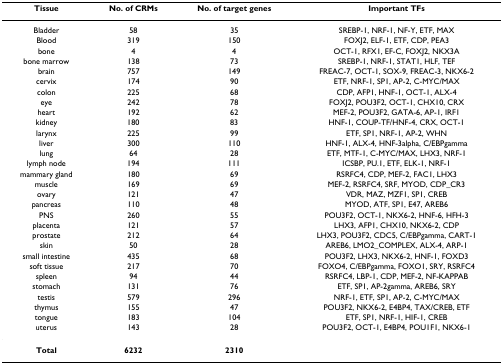
<table><thead><tr><td><b>Tissue</b></td><td><b>No. of CRMs</b></td><td><b>No. of target genes</b></td><td><b>Important TFs</b></td></tr></thead><tbody><tr><td>Bladder</td><td>58</td><td>35</td><td>SREBP-1, NRF-1, NF-Y, ETF, MAX</td></tr><tr><td>Blood</td><td>319</td><td>150</td><td>FOXJ2, ELF-1, ETF, CDP, PEA3</td></tr><tr><td>bone</td><td>4</td><td>4</td><td>OCT-1, RFX1, EF-C, FOXJ2, NKX3A</td></tr><tr><td>bone marrow</td><td>138</td><td>73</td><td>SREBP-1, NRF-1, STAT1, HLF, TEF</td></tr><tr><td>brain</td><td>757</td><td>149</td><td>FREAC-7, OCT-1, SOX-9, FREAC-3, NKX6-2</td></tr><tr><td>cervix</td><td>174</td><td>90</td><td>ETF, NRF-1, SP1, AP-2, C-MYC/MAX</td></tr><tr><td>colon</td><td>225</td><td>68</td><td>CDP, AFP1, HNF-1, OCT-1, ALX-4</td></tr><tr><td>eye</td><td>242</td><td>78</td><td>FOXJ2, POU3F2, OCT-1, CHX10, CRX</td></tr><tr><td>heart</td><td>192</td><td>62</td><td>MEF-2, POU3F2, GATA-6, AP-1, IRF1</td></tr><tr><td>kidney</td><td>180</td><td>83</td><td>HNF-1, COUP-TF/HNF-4, CRX, OCT-1</td></tr><tr><td>larynx</td><td>225</td><td>99</td><td>ETF, SP1, NRF-1, AP-2, WHN</td></tr><tr><td>liver</td><td>300</td><td>110</td><td>HNF-1, ALX-4, HNF-3alpha, C/EBPgamma</td></tr><tr><td>lung</td><td>64</td><td>28</td><td>ETF, MTF-1, C-MYC/MAX, LHX3, NRF-1</td></tr><tr><td>lymph node</td><td>194</td><td>111</td><td>ICSBP, PU.1, ETF, ELK-1, NRF-1</td></tr><tr><td>mammary gland</td><td>180</td><td>69</td><td>RSRFC4, CDP, MEF-2, FAC1, LHX3</td></tr><tr><td>muscle</td><td>169</td><td>69</td><td>MEF-2, RSRFC4, SRF, MYOD, CDP_CR3</td></tr><tr><td>ovary</td><td>121</td><td>47</td><td>VDR, MAZ, MZF1, SP1, CREB</td></tr><tr><td>pancreas</td><td>110</td><td>48</td><td>MYOD, ATF, SP1, E47, AREB6</td></tr><tr><td>PNS</td><td>260</td><td>55</td><td>POU3F2, OCT-1, NKX6-2, HNF-6, HFH-3</td></tr><tr><td>placenta</td><td>121</td><td>57</td><td>LHX3, AFP1, CHX10, NKX6-2, CDP</td></tr><tr><td>prostate</td><td>212</td><td>64</td><td>LHX3, POU3F2, CDC5, C/EBPgamma, CART-1</td></tr><tr><td>skin</td><td>50</td><td>28</td><td>AREB6, LMO2_COMPLEX, ALX-4, ARP-1</td></tr><tr><td>small intestine</td><td>435</td><td>68</td><td>POU3F2, LHX3, NKX6-2, HNF-1, FOXD3</td></tr><tr><td>soft tissue</td><td>217</td><td>70</td><td>FOXO4, C/EBPgamma, FOXO1, SRY, RSRFC4</td></tr><tr><td>spleen</td><td>94</td><td>44</td><td>RSRFC4, LBP-1, CDP, MEF-2, NF-KAPPAB</td></tr><tr><td>stomach</td><td>131</td><td>76</td><td>ETF, SP1, AP-2gamma, AREB6, SRY</td></tr><tr><td>testis</td><td>579</td><td>296</td><td>NRF-1, ETF, SP1, AP-2, C-MYC/MAX</td></tr><tr><td>thymus</td><td>155</td><td>47</td><td>POU3F2, NKX6-2, E4BP4, TAX/CREB, ETF</td></tr><tr><td>tongue</td><td>183</td><td>104</td><td>ETF, SP1, NRF-1, HIF-1, CREB</td></tr><tr><td>uterus</td><td>143</td><td>28</td><td>POU3F2, OCT-1, E4BP4, POU1F1, NKX6-1</td></tr><tr><td><b>Total</b></td><td><b>6232</b></td><td><b>2310</b></td><td></td></tr></tbody></table>